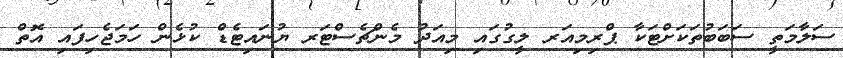
ސަލާމަތީ ސަބަބުތަކަށްޓަކާ ޕްރިމިއަރ ލީގުގައި މިއަދު މެންޗެސްޓަރ ޔުނައިޓެޑް ކުޅެން ހަމަޖެހިފައި އޮތް